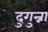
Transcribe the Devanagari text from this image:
दुगुन्ना